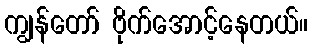
ကျွန်တော် ဗိုက်အောင့်နေတယ်။